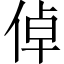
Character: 倬